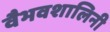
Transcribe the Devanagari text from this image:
वैभवशालिनी